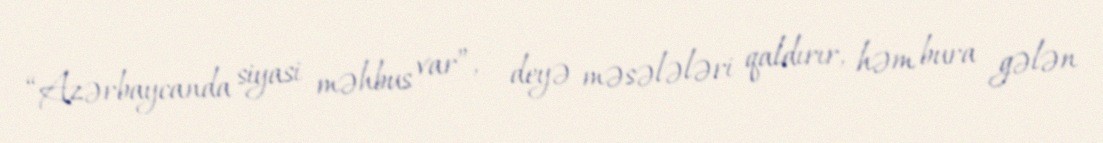
“Azərbaycanda siyasi məhbus var”, - deyə məsələləri qaldırır, həm bura gələn